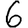
Digit: 6